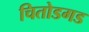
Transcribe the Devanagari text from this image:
चितोडगड